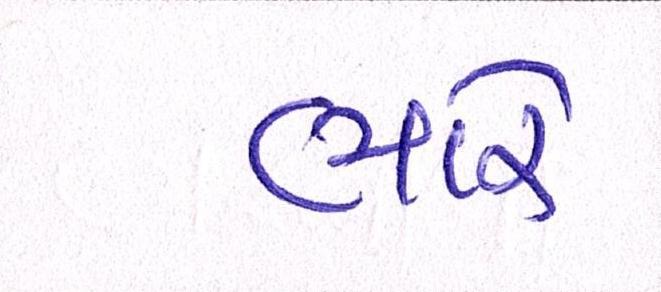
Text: ભારે